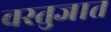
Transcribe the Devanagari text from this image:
वस्तुजात